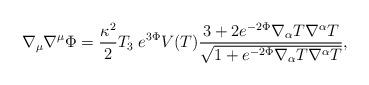
LaTeX: \begin{align*}\nabla_\mu\nabla^\mu\Phi =\frac{\kappa^2}{2}T_3\;e^{3\Phi}V(T)\frac{3+2e^{-2\Phi}\nabla_\alpha T\nabla^\alpha T}{\sqrt{1+e^{-2\Phi}\nabla_\alpha T\nabla^\alpha T}},\end{align*}